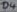
Text: D4